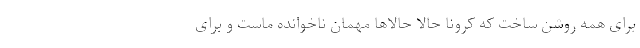
برای همه روشن ساخت که کرونا حالا حالاها مهمان ناخوانده ماست و برای